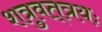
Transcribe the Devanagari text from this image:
शत्रुवत्‌त्रयः